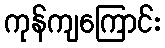
ကုန်ကျကြောင်း